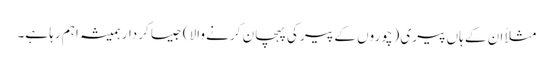
مثلاً ان کے ہاں پیری (چوروں کے پیر کی پہچان کرنے والا) جیسا کردار ہمیشہ اہم رہا ہے۔